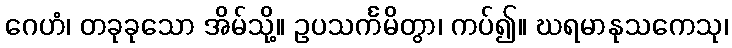
ဂေဟံ၊ တခုခုသော အိမ်သို့။ ဥပသင်္ကမိတွာ၊ ကပ်၍။ ဃရမာနုသကေသု၊